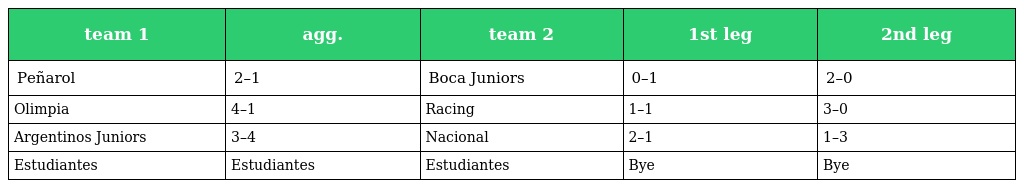
| team 1 | agg. | team 2 | 1st leg | 2nd leg |
 | --- | --- | --- | --- | --- |
 | Peñarol | 2–1 | Boca Juniors | 0–1 | 2–0 |
 | Olimpia | 4–1 | Racing | 1–1 | 3–0 |
 | Argentinos Juniors | 3–4 | Nacional | 2–1 | 1–3 |
 | Estudiantes | Estudiantes | Estudiantes | Bye | Bye |